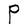
Character: P